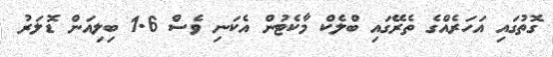
ގޮތުގައި އަހަރެއްގެ ތެރޭގައި ބްލެކް މާކެޓުން އެކަނި ވެސް 1.6 ބިލިއަން ޑޮލަރު